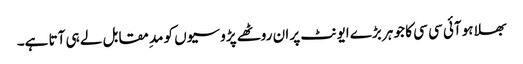
بھلا ہو آئی سی سی کا جو ہر بڑے ایونٹ پر ان روٹھے پڑوسیوں کو مد ِمقابل لے ہی آتا ہے۔